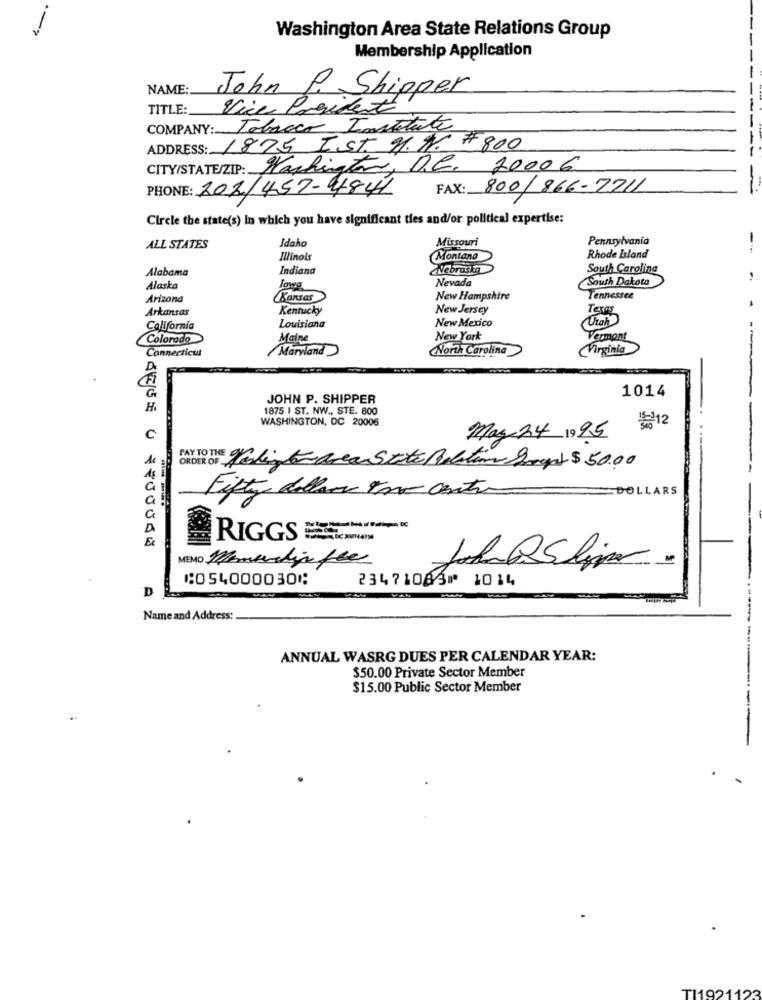
--
Washington Area State Relations Group
Membership Application
NAME:
John P. Shipper
TITLE:
Vice President
COMPANY: Tobacco Institute
ADDRESS: 1875 Ist. 9. 9. # 800
CITY/STATE/ZIP: Washington, D.C. 20006
PHONE: 202/457-4841
FAX: 800/866-7211
-
Circle the state(s) In which you have significant ties and/or political expertise:
Idaho
Missouri
Pennsylvania
ALL STATES
Illinois
Montana
Rhode Island
Alabama
Indiana
Nebraska
South Carolina
Nevada
South Dakota
Alaska
lowa
Arizona
Kansas
New Hampshire
Tennessee
Arkansas
Kentucky
New Jersey
Texas
New Mexico
Utah
California
Louisiana
Colorado
Maine
New York
Vermont
Connecticut
Maryland
North Carolina
VVirginia
D
G
1014
JOHN P. SHIPPER
1875 I ST. NW ., STE. 800
WASHINGTON, DC 20006
볶12
C
May 24 1995
ORDER OF Herligt area State Relation Bogat $50.00
DOLLARS
Fifty dollars For centr
a
RIGGS
MEMO Membership fee
⑆054000030⑆
23471083⑈ 1014
D
Name and Address:
ANNUAL WASRG DUES PER CALENDAR YEAR:
$50.00 Private Sector Member
$15.00 Public Sector Member
TI19211